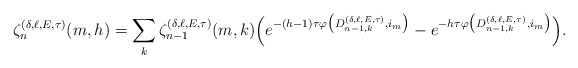
\begin{align*}\zeta^{(\delta,\ell,E,\tau)}_{n}(m,h)= \sum\limits_{k}\zeta^{(\delta,\ell,E,\tau)}_{n-1}(m,k)\Big(e^{-(h-1)\tau\varphi\big(D^{(\delta,\ell,E,\tau)}_{n-1,k},i_m\big)}-e^{-h\tau\varphi\big(D^{(\delta,\ell,E,\tau)}_{n-1,k},i_m\big)}\Big).\end{align*}